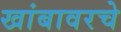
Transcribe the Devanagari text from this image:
खांबावरचे